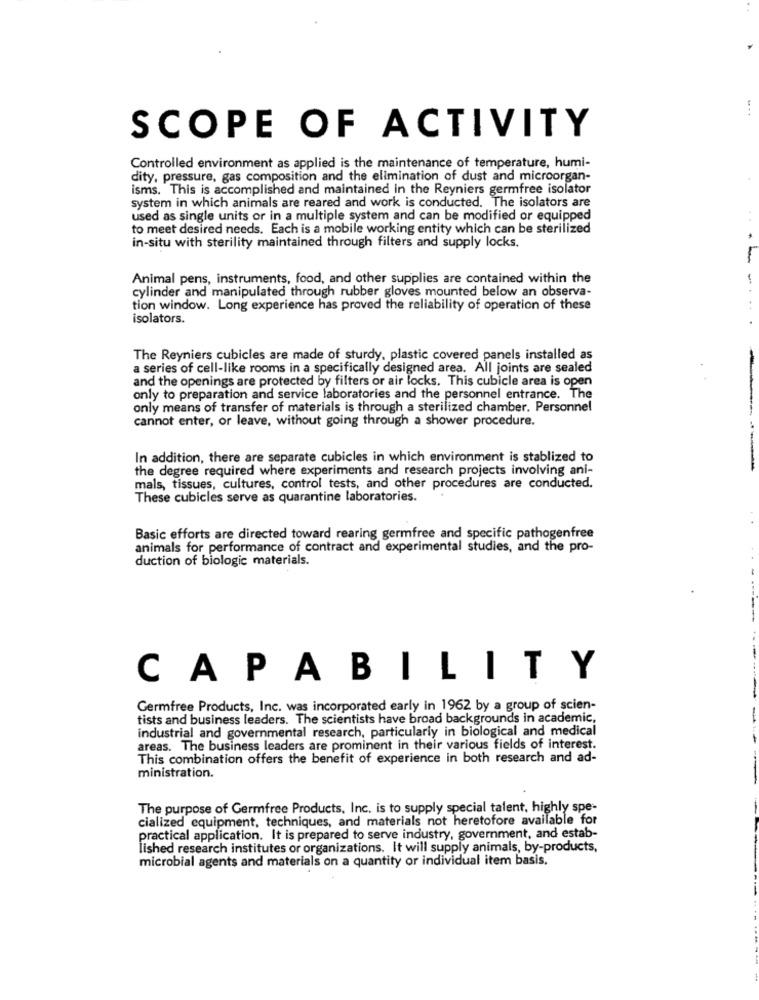
SCOPE OF ACTIVITY
Controlled environment as applied is the maintenance of temperature, humi-
dity, pressure, gas composition and the elimination of dust and microorgan-
isms. This is accomplished and maintained in the Reyniers germfree isolator
system in which animals are reared and work is conducted. The isolators are
used as single units or in a multiple system and can be modified or equipped
to meet desired needs. Each is a mobile working entity which can be sterilized
in-situ with sterility maintained through filters and supply locks.
Animal pens, instruments, food, and other supplies are contained within the
cylinder and manipulated through rubber gloves mounted below an observa-
tion window. Long experience has proved the reliability of operation of these
isolators.
The Reyniers cubicles are made of sturdy, plastic covered panels installed as
a series of cell-like rooms in a specifically designed area. All joints are sealed
and the openings are protected by filters or air locks. This cubicle area is open
only to preparation and service laboratories and the personnel entrance. The
only means of transfer of materials is through a sterilized chamber. Personnel
cannot enter, or leave, without going through a shower procedure.
In addition, there are separate cubicles in which environment is stablized to
the degree required where experiments and research projects involving ani-
mals, tissues, cultures, control tests, and other procedures are conducted.
These cubicles serve as quarantine laboratories.
Basic efforts are directed toward rearing germfree and specific pathogenfree
animals for performance of contract and experimental studies, and the pro-
duction of biologic materials.
CAPABILITY
Germfree Products, Inc. was incorporated early in 1962 by a group of scien-
tists and business leaders. The scientists have broad backgrounds in academic,
-
industrial and governmental research, particularly in biological and medical
areas. The business leaders are prominent in their various fields of interest.
This combination offers the benefit of experience in both research and ad-
ministration.
The purpose of Germfree Products, Inc. is to supply special talent, highly spe-
cialized equipment, techniques, and materials not heretofore available for
practical application. It is prepared to serve industry, government, and estab-
lished research institutes or organizations. It will supply animals, by-products,
microbial agents and materials on a quantity or individual item basis.